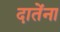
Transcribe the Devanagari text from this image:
दातेंना